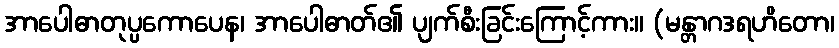
အာပေါဓာတုပ္ပကောပေန၊ အာပေါဓာတ်၏ ပျက်စီးခြင်းကြောင့်ကား။ (မန္တာဂဒရဟိတော၊